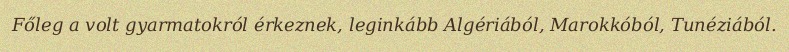
Főleg a volt gyarmatokról érkeznek, leginkább Algériából, Marokkóból, Tunéziából.